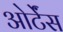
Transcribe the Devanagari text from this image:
ओर्टेंस